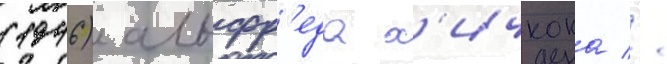
(1946) альфр'еда х'ичкока //